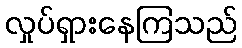
လှုပ်ရှားနေကြသည်